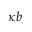
\kappa b